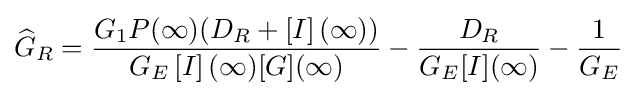
{\widehat {G}}_{R}={\frac {{G}_{1}P(\infty )({D}_{R}+\left[I\right](\infty ))}{{G}_{E}\left[I\right](\infty )[G](\infty )}}-{\frac {{D}_{R}}{{G}_{E}[I](\infty )}}-{\frac {1}{{G}_{E}}}